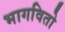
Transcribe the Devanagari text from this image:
भागवितो